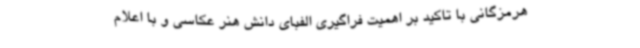
هرمزگانی با تاکید بر اهمیت فراگیری الفبای دانش هنر عکاسی و با اعلام